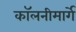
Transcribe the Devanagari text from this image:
कॉलनीमार्गे